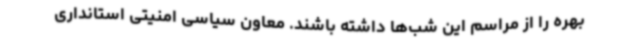
بهره را از مراسم این شب‌ها داشته باشند. معاون سیاسی امنیتی استانداری